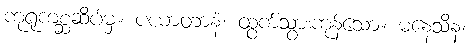
ကုရုကစ္ဆဆိပ်မှ။ ပယာတာနံ၊ ထွက်သွားကုန်သော။ ဓနေသိနံ၊